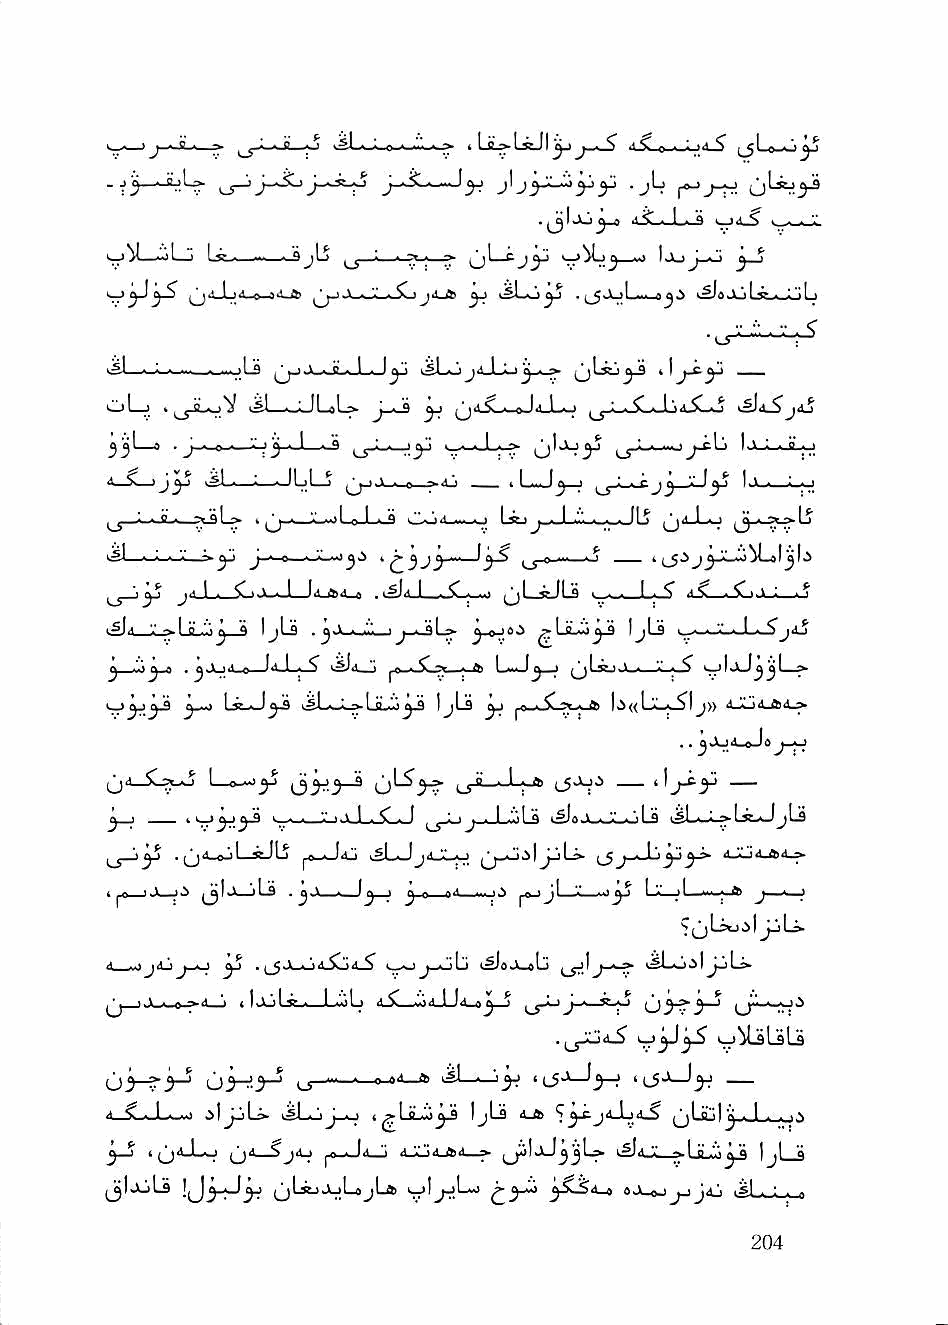
- I - a <
 jM—-^Lj                                  p
 yj  ^a_LjA-c—acUJb i^^j^duk ^  ^.\ «! .... j ^ >^JrtAjL-^,^,,V?t t
 jLs  Ji...<.jL-JLi_I^ iSl-iUjiI-LLi t1 —
 3Lj      iL^LU
 j-^ ^ u
 33U ._
 -_ 1L-J3—j ^'• "jj "
 Cr"-^
 i^L> > I .Ui^
 ^ 1   I . V >. ^ 1.4La4_e '^1^ I '.L_>JU n I - ^ <L^_^il«JL-L-o
 lSI^ "^ I a ..tj ^ IjLs .
 ^           I jLd
 J     ^ y_"^_Q [. C L^a_ "1 ^TL--^— ^ ^ 1 >.. ' ^1 t- j\a
 Ijlij^ IjLd ^ |0.«.C^ ^ I>^«L''L*^1 j» djLji frd,.»
 (ja-Sl^                L>'—'* ?■"' i-5^"=' — ''j-^3^ —
 ^_j        >^ .•     j_j-Lj^j-J^Ls i^oJt-iJLoLa i5L-L>Lk^jIj
 jj_ij.b|J-jL®- (_5j-^iAjyiiy^ iSji-A4-^
 ■' ^ fl * ^^ ^^iIJjuu-J#jLLds 3 ^ ■ ^3 ) 30 n ** ■ ■ ^ ^ n '•' • *3^ La—)l ■■ ; &> ^ ' 1
 ^^Lioil JjL*
 i_vJjcLj yj . (_5.i_o4.So4_^ Ia_aJ j-aJLj iSJoJ-sLi iSLoiljjL^
 ^  ^ -_o -*-'* (1 jJiLa-a_LaoLj ■' ^ ^ j ^ y A.^ ^3^ 3^ ^n .'■o^
 .jjJod^ ^^3-^ kj^liLs
 Q3_o.3_j ^^3_5 -_.—0-44—»   n_5a_J3_j n_5j_J^ —
 6^3-^
 ■* ^ i-i,L---i■' 1^1 kSi—i—I lU t yi IjL^ A-£b ^3i£j^JL]4.^ ^^1 fl'J Vj t
 3 ^ iq4J_o (_j4 ^jii-i ^- - l-« " <lJiL!i4_ftiit._^ I^IjlJ33L» "■' - ULiy I3LS
 ^IjkjLS    {^LssjiAjLojLfe »^I^Lw ySi^4^ A \ 0 'j t jij ■Jsl,,A, ^